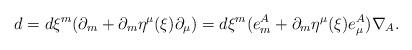
LaTeX: \begin{align*}d = d\xi^m (\partial_m + \partial_m \eta^\mu (\xi ) \partial_\mu ) = d\xi^m (e^A_m + \partial_m \eta^\mu (\xi ) e_\mu^{A}) \nabla_{A} .\end{align*}